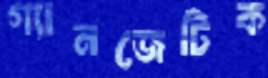
গ্যানজেটিক